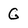
Character: G